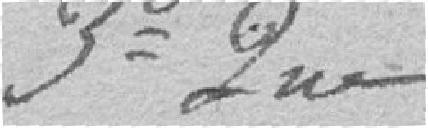
Troisième Rue